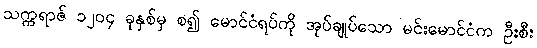
သက္ကရာဇ် ၁၂၀၄ ခုနှစ်မှ စ၍ မောင်ငံရပ်ကို အုပ်ချုပ်သော မင်းမောင်ငံက ဦးစီး